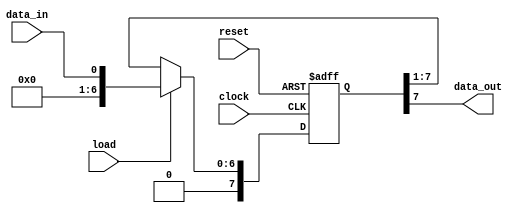
module shift_register (
    input data_in,
    input clock,
    input load,
    input reset,
    output reg data_out
);

parameter N = 8; // number of bits in the shift register
parameter direction = 1; // 1 for shifting right, 0 for shifting left

reg [N-1:0] register;

always @(posedge clock or posedge reset) begin
    if (reset) begin
        register <= 0;
    end else if (load) begin
        register <= data_in;
    end else begin
        if (direction) begin
            register <= {1'b0, register[N-1:1]};
        end else begin
            register <= {register[N-2:0], 1'b0};
        end
    end
end

assign data_out = register[N-1];

endmodule